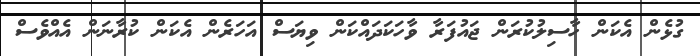
ގުޅެން އެކަން ހާސިލުކުރަން ޖައުފަރާ ވާހަކަދައްކަން ވިޔަސް އަހަރެން އެކަން ކުރާނަން އެއްވެސް